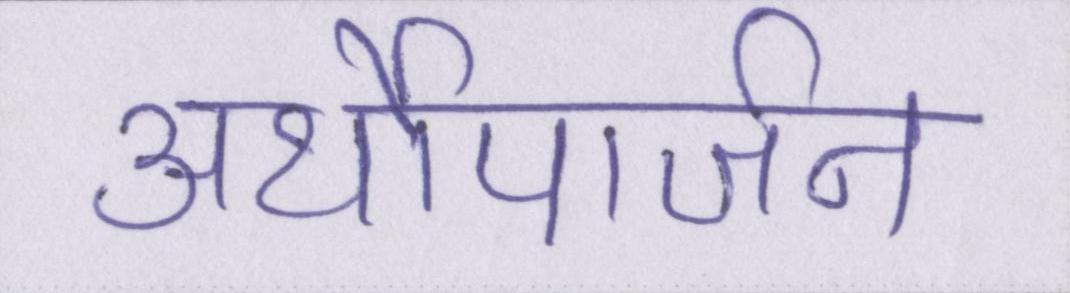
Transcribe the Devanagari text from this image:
अर्थोपार्जन